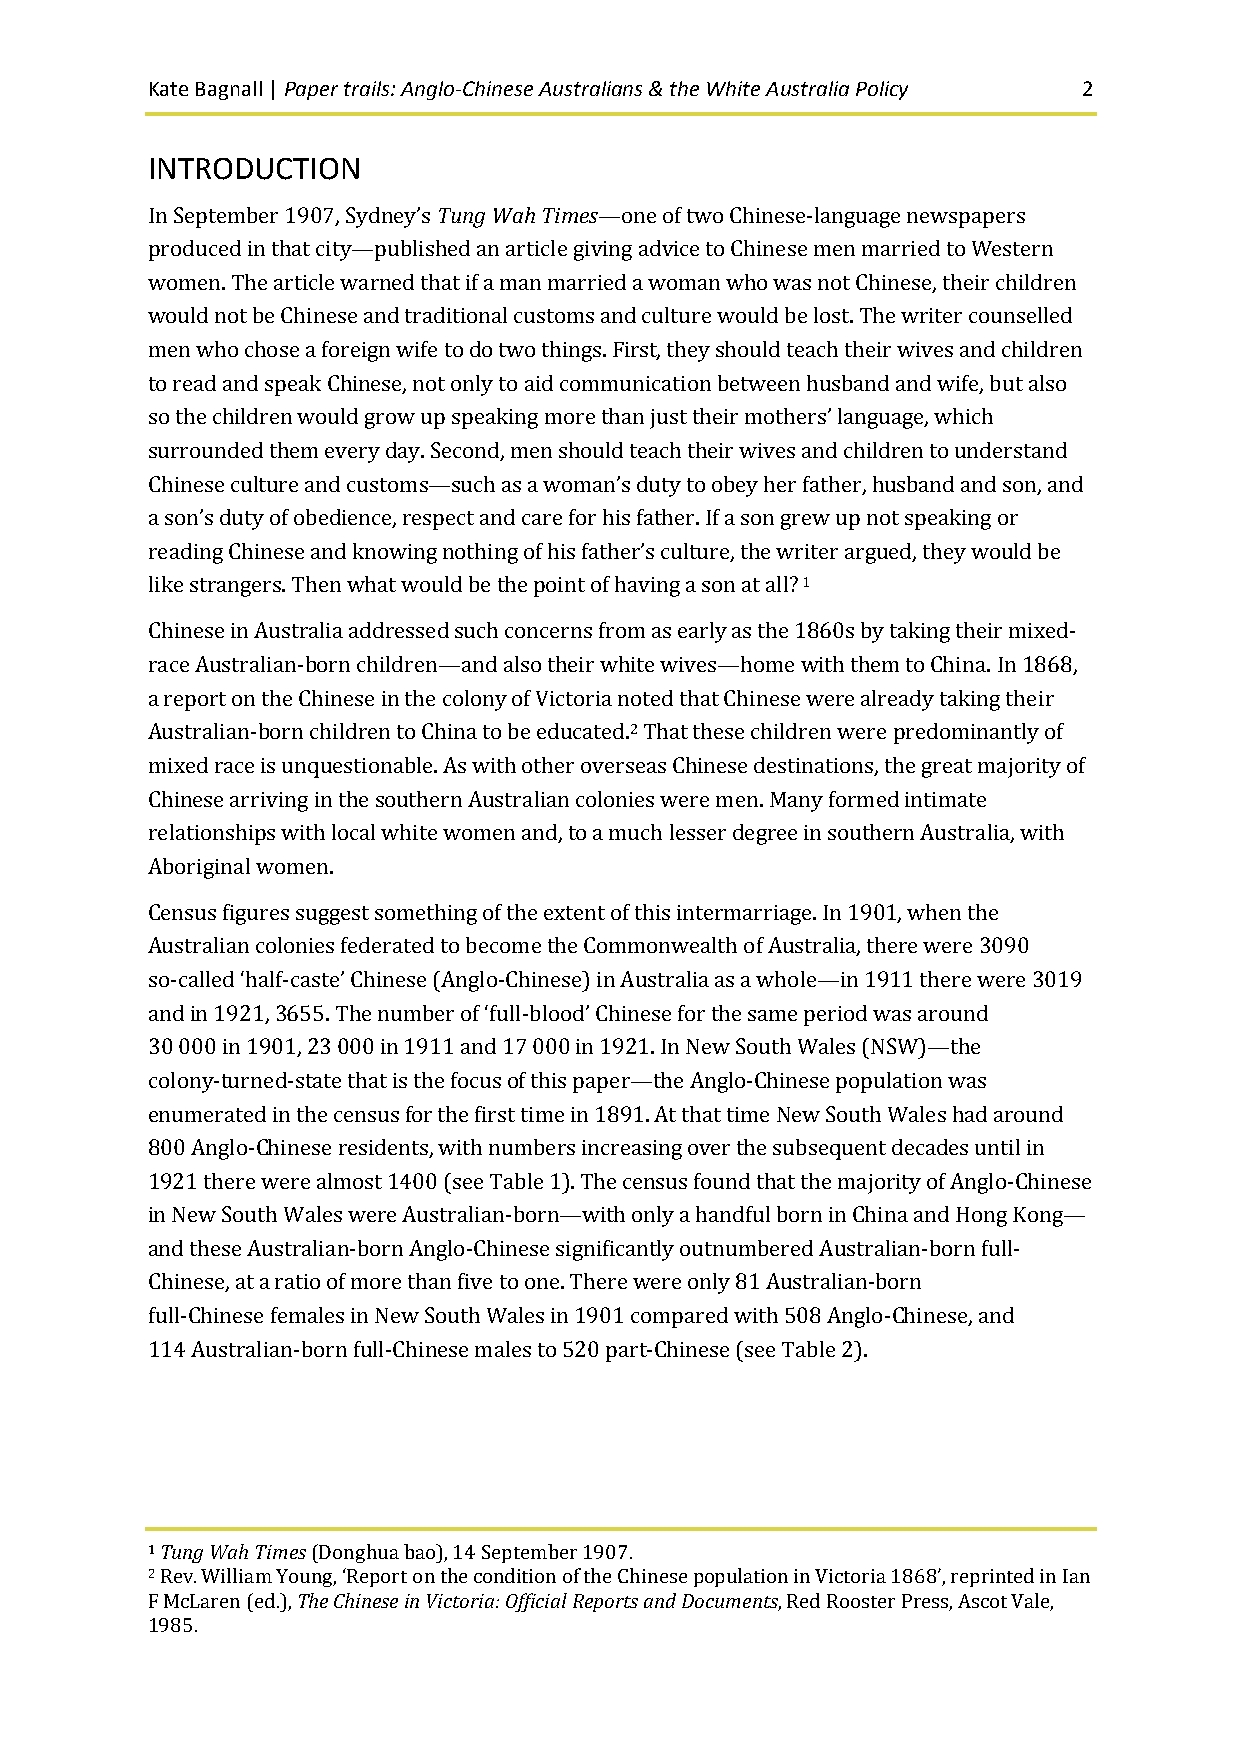
Kate Bagnall | Paper trails: Anglo-Chinese Australians & the White Australia Policy 2
 INTRODUCTION
 In September 1907, Sydney’s Tung Wah Times—one of two Chinese-language newspapers
 produced in that city—published an article giving advice to Chinese men married to Western
 women. The article warned that if a man married a woman who was not Chinese, their children
 would not be Chinese and traditional customs and culture would be lost. The writer counselled
 men who chose a foreign wife to do two things. First, they should teach their wives and children
 to read and speak Chinese, not only to aid communication between husband and wife, but also
 so the children would grow up speaking more than just their mothers’ language, which
 surrounded them every day. Second, men should teach their wives and children to understand
 Chinese culture and customs—such as a woman’s duty to obey her father, husband and son, and
 a son’s duty of obedience, respect and care for his father. If a son grew up not speaking or
 reading Chinese and knowing nothing of his father’s culture, the writer argued, they would be
 like strangers. Then what would be the point of having a son at all? 1
 Chinese in Australia addressed such concerns from as early as the 1860s by taking their mixed-
 race Australian-born children—and also their white wives—home with them to China. In 1868,
 a report on the Chinese in the colony of Victoria noted that Chinese were already taking their
 Australian-born children to China to be educated.2 That these children were predominantly of
 mixed race is unquestionable. As with other overseas Chinese destinations, the great majority of
 Chinese arriving in the southern Australian colonies were men. Many formed intimate
 relationships with local white women and, to a much lesser degree in southern Australia, with
 Aboriginal women.
 Census figures suggest something of the extent of this intermarriage. In 1901, when the
 Australian colonies federated to become the Commonwealth of Australia, there were 3090
 so-called ‘half-caste’ Chinese (Anglo-Chinese) in Australia as a whole—in 1911 there were 3019
 and in 1921, 3655. The number of ‘full-blood’ Chinese for the same period was around
 30 000 in 1901, 23 000 in 1911 and 17 000 in 1921. In New South Wales (NSW)—the
 colony-turned-state that is the focus of this paper—the Anglo-Chinese population was
 enumerated in the census for the first time in 1891. At that time New South Wales had around
 800 Anglo-Chinese residents, with numbers increasing over the subsequent decades until in
 1921 there were almost 1400 (see Table 1). The census found that the majority of Anglo-Chinese
 in New South Wales were Australian-born—with only a handful born in China and Hong Kong—
 and these Australian-born Anglo-Chinese significantly outnumbered Australian-born full-
 Chinese, at a ratio of more than five to one. There were only 81 Australian-born
 full-Chinese females in New South Wales in 1901 compared with 508 Anglo-Chinese, and
 114 Australian-born full-Chinese males to 520 part-Chinese (see Table 2).
 1 Tung Wah Times (Donghua bao), 14 September 1907.
 2 Rev. William Young, ‘Report on the condition of the Chinese population in Victoria 1868’, reprinted in Ian
 F McLaren (ed.), The Chinese in Victoria: Official Reports and Documents, Red Rooster Press, Ascot Vale,
 1985.